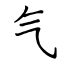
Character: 气